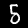
Digit: 5